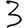
Digit: 3